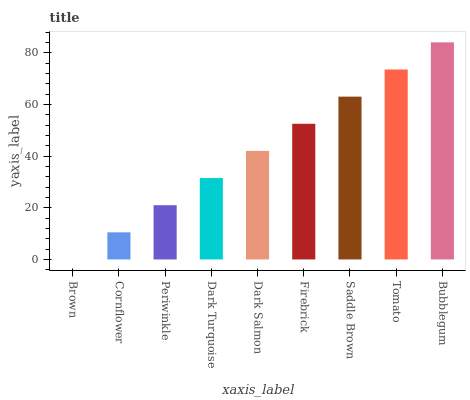
| xaxis_label | bars |
 | --- | --- |
 | Brown | 0 |
 | Cornflower | 10.5 |
 | Periwinkle | 21 |
 | Dark Turquoise | 31.5 |
 | Dark Salmon | 42.1 |
 | Firebrick | 52.6 |
 | Saddle Brown | 63.1 |
 | Tomato | 73.6 |
 | Bubblegum | 84.1 |